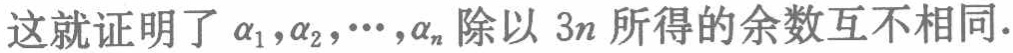
这就证明了\(\alpha_{1},\alpha_{2},\cdots,\alpha_{n}\)除以 \(3n\) 所得的余数互不相同.